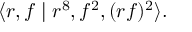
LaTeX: \langle r , f \mid r ^ { 8 } , f ^ { 2 } , ( r f ) ^ { 2 } \rangle .